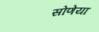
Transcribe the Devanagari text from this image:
सोणेया